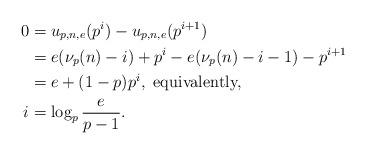
LaTeX: \begin{align*} 0 &= u_{p,n,e}(p^i) - u_{p,n,e}(p^{i+1}) \\ &= e(\nu_p(n) - i) + p^i - e(\nu_p(n) - i - 1) - p^{i+1} \\ &= e + (1-p)p^i, \mbox{\ equivalently,}\\ i &= \log_p\frac{e}{p-1}.\end{align*}